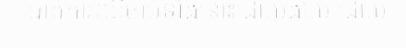
បាត់ការឈឺចាប់ទាំងនោះដោយងាយ ដោយ